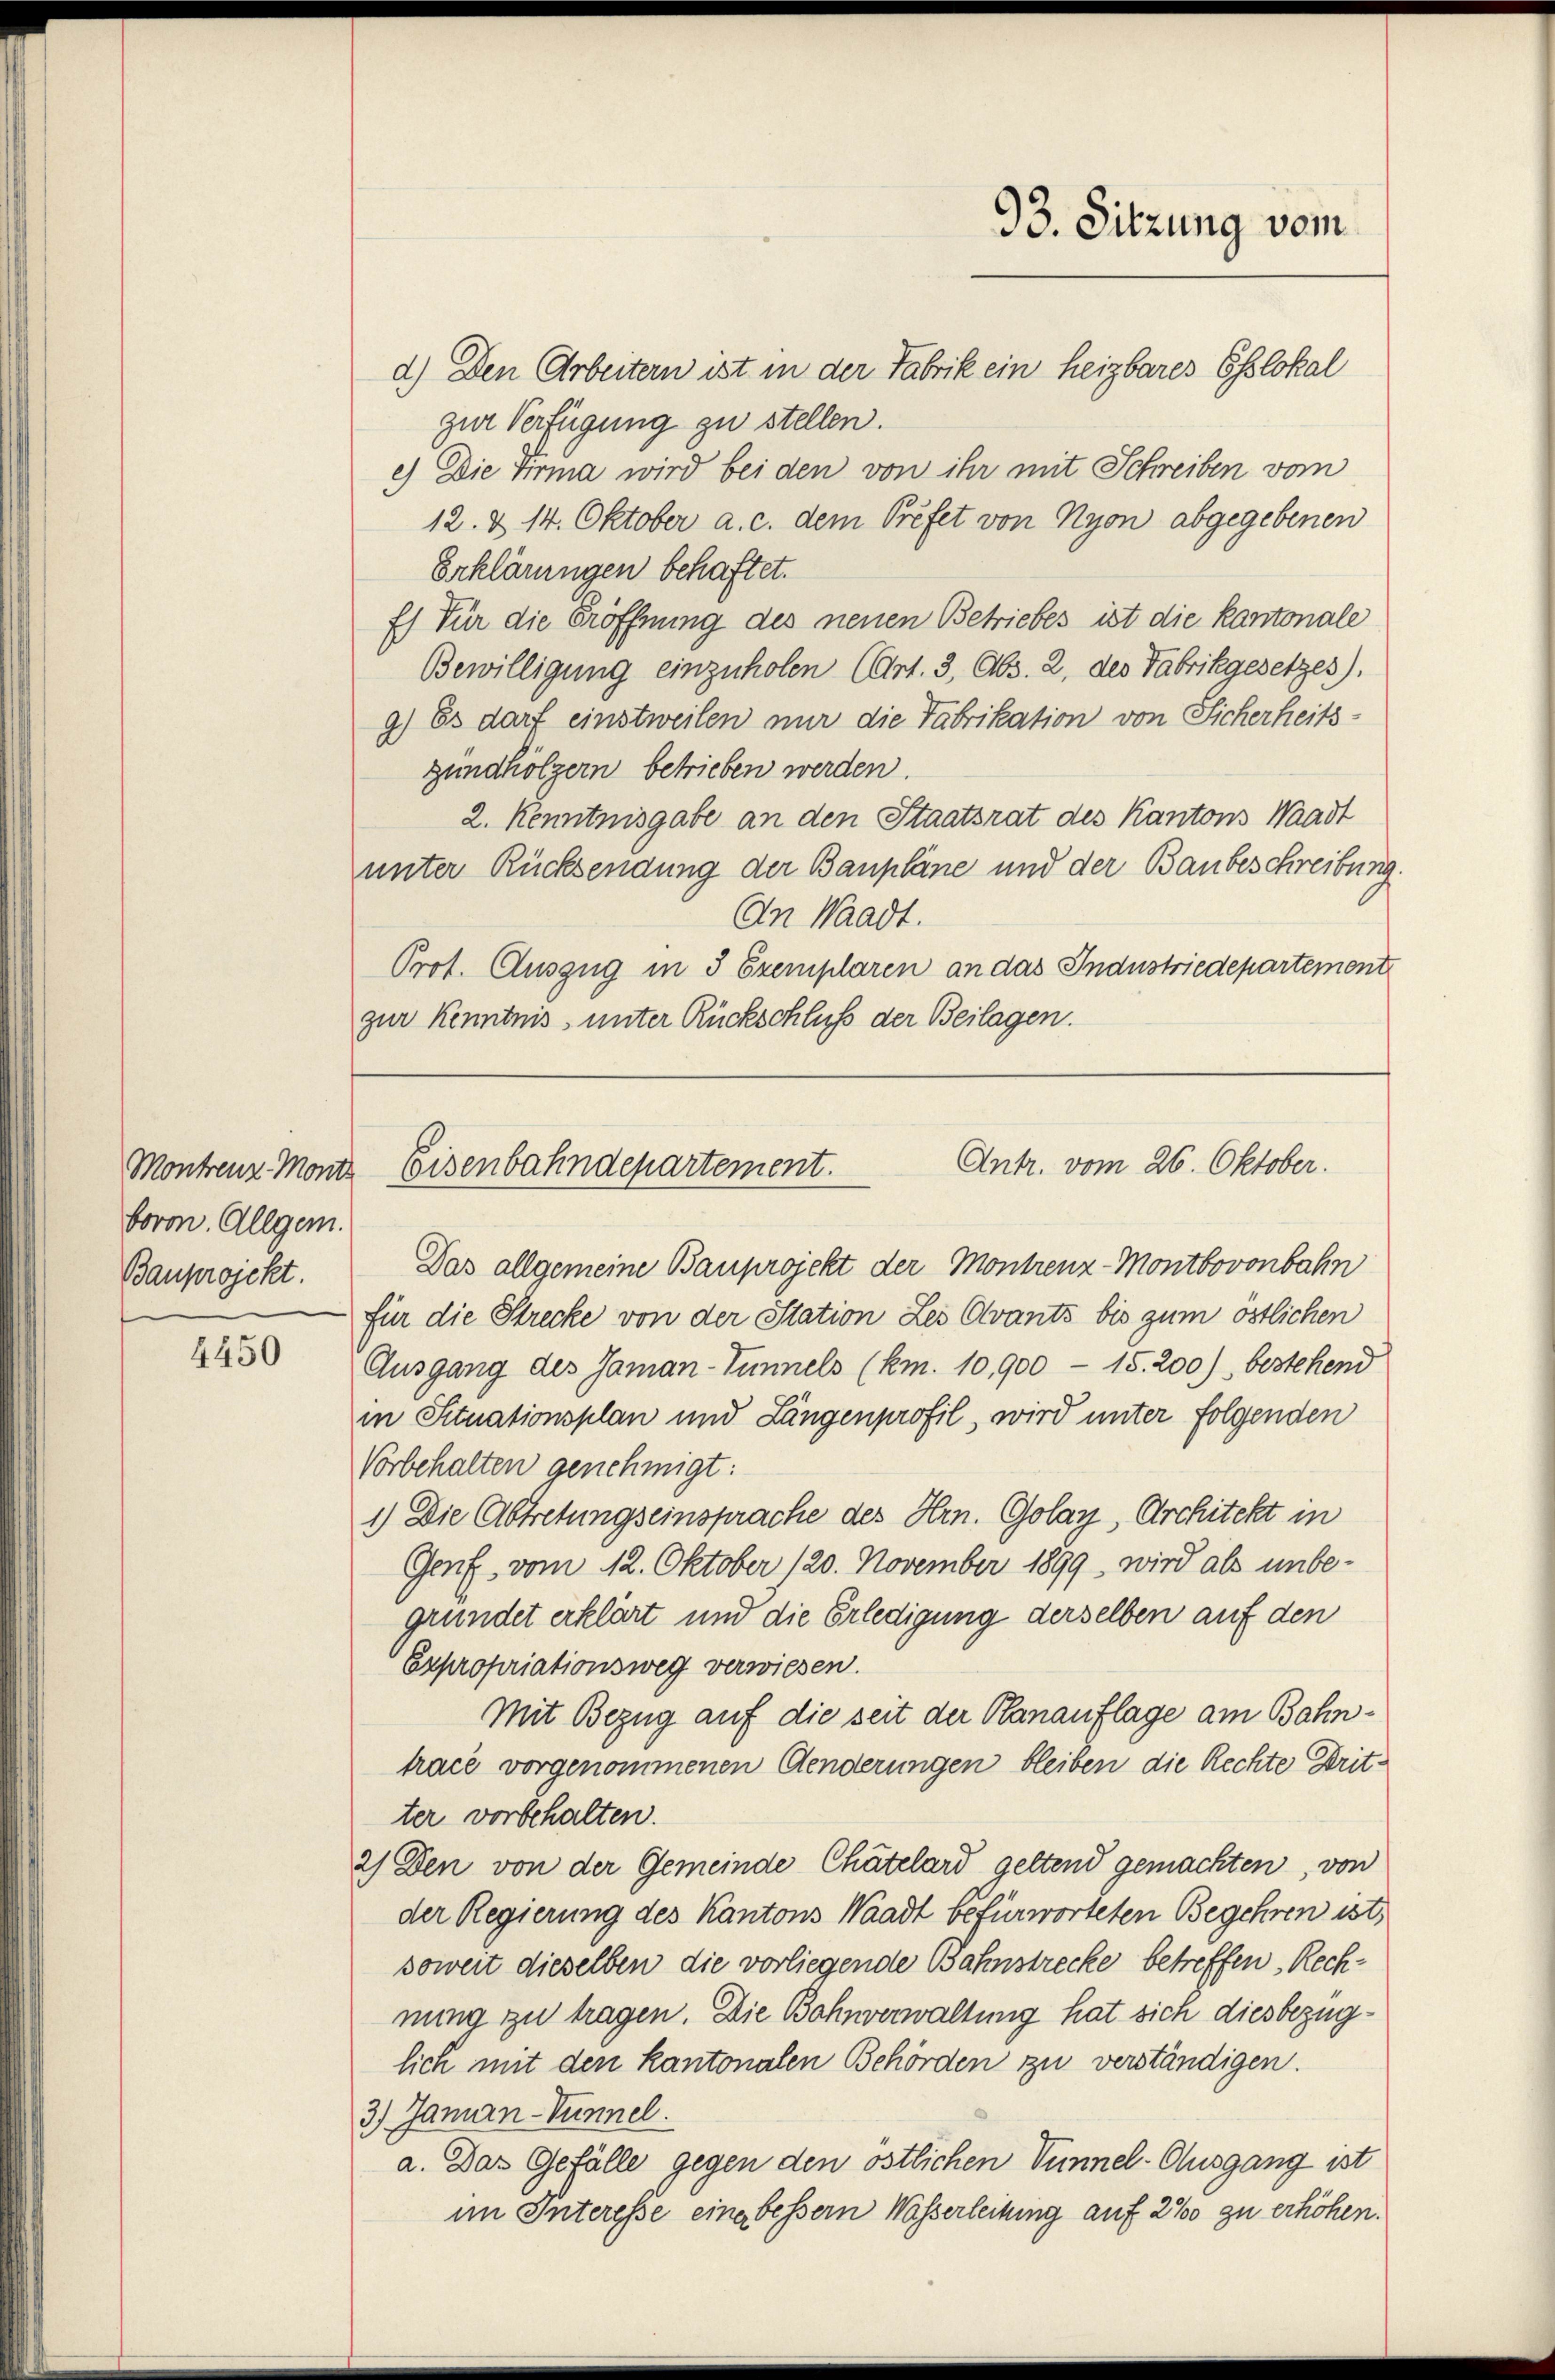
Montreuz-Monta
boron. Allgem.
Bauprojekt.

4450

d.) Den Arbeitern ist in der Fabrik ein heizbares Esslokal
zur Verfügung zu stellen.
e) Die Firma wird bei den von ihr mit Schreiben vom
12. & 14. Oktober a. c. dem Prefet von Nyon abgegebenen
Erklärungen behaftet.
Es für die Eröffnung des neuen Betriebes ist die Kantonale
Bewilligung einzuholen (Art. 3, Abs. 2. des Fabrikgesetzes).
9) Es darf einstweilen nur die Fabrikation von Sicherheitsgundhölzern betrieben werden.
2. Kenntnisgabe an den Staatsrat des Kantons Waadt
unter Rücksendung der Baupläne und der Baubeschreibung.
An Waadt.
Prof. Auszug in 3 Exemplaren an das Industriedepartement
zur Kenntnis, unter Rückschluß der Beilagen.

Das allgemeine Bauprojekt der Montrenz-Montbovonbahn
für die Strecke von der Station Les Ovants bis zum östlichen
Ausgang des Jaman-Tunnels (km. 10,900 - 15. 200), bestehend
in Situationsplan und Längenprofil, wird unter folgenden
Vorbehalten genehmigt:
1.) Die Abtretungseinsprache des Hrn. Golay, Architekt in
Genf vom 12. Oktober 120. November 1899, wird als unbegründet erklärt und die Erledigung derselben auf den
Expropriationsweg verwiesen.
Mit Bezug auf die seit der Hanauflage am Bahntrace vorgenommenen Aenderungen bleiben die Rechte Dritter vorbehalten.
2) Den von der Gemeinde Chätelard geltend gemachten, von
der Regierung des Kantons Waadt befürworteten Begehren ist,
soweit dieselben die vorliegende Bahnstrecke betreffen Rechnung zu tragen. Die Bohnverwaltung hat sich diesbezüglich mit den kantonalen Behörden zu verständigen.
3.) Januan-Tunnel.
a. Das Gefälle gegen den östlichen Vimnel-Ausgang ist
im Interesse eine bessern Wasserleitung auf 2% zu erhöhen.

93. Sitzung vom

Antr. vom 26. Oktober.
Eisenbahndepartement.